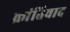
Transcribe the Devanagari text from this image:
क्रांतिवाद